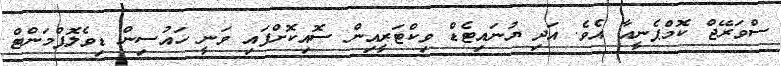
ސްވަރޭޖް ކޮމްޕެނީއާ އެވެ. އަދި ޔުނައިޓެޑް ވިކްޓަރީއިން ސޮއިކޮށްފައި ވަނީ ހައުސިން ޑިވެލޮޕްމަންޓް